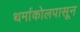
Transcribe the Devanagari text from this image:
थर्माकोलपासून